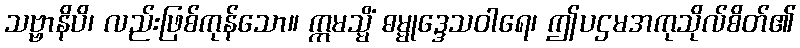
သဗ္ဗာနိပိ၊ လည်းဖြစ်ကုန်သော။ ဣမသ္မိံ ဓမ္မုဒ္ဒေသဝါရေ၊ ဤပဌမအကုသိုလ်စိတ်၏